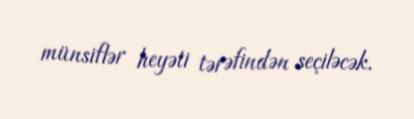
münsiflər heyəti tərəfindən seçiləcək.